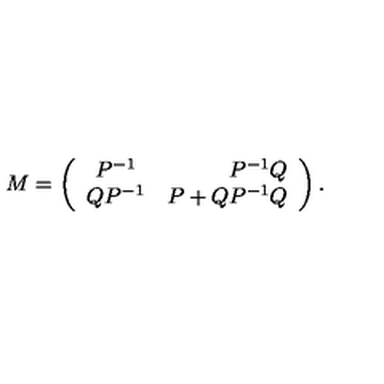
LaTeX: M = \left( \begin{array} { c r c } { P ^ { - 1 } } & { P ^ { - 1 } Q } \\ { Q P ^ { - 1 } } & { P + Q P ^ { - 1 } Q } \\ \end{array} \right) .